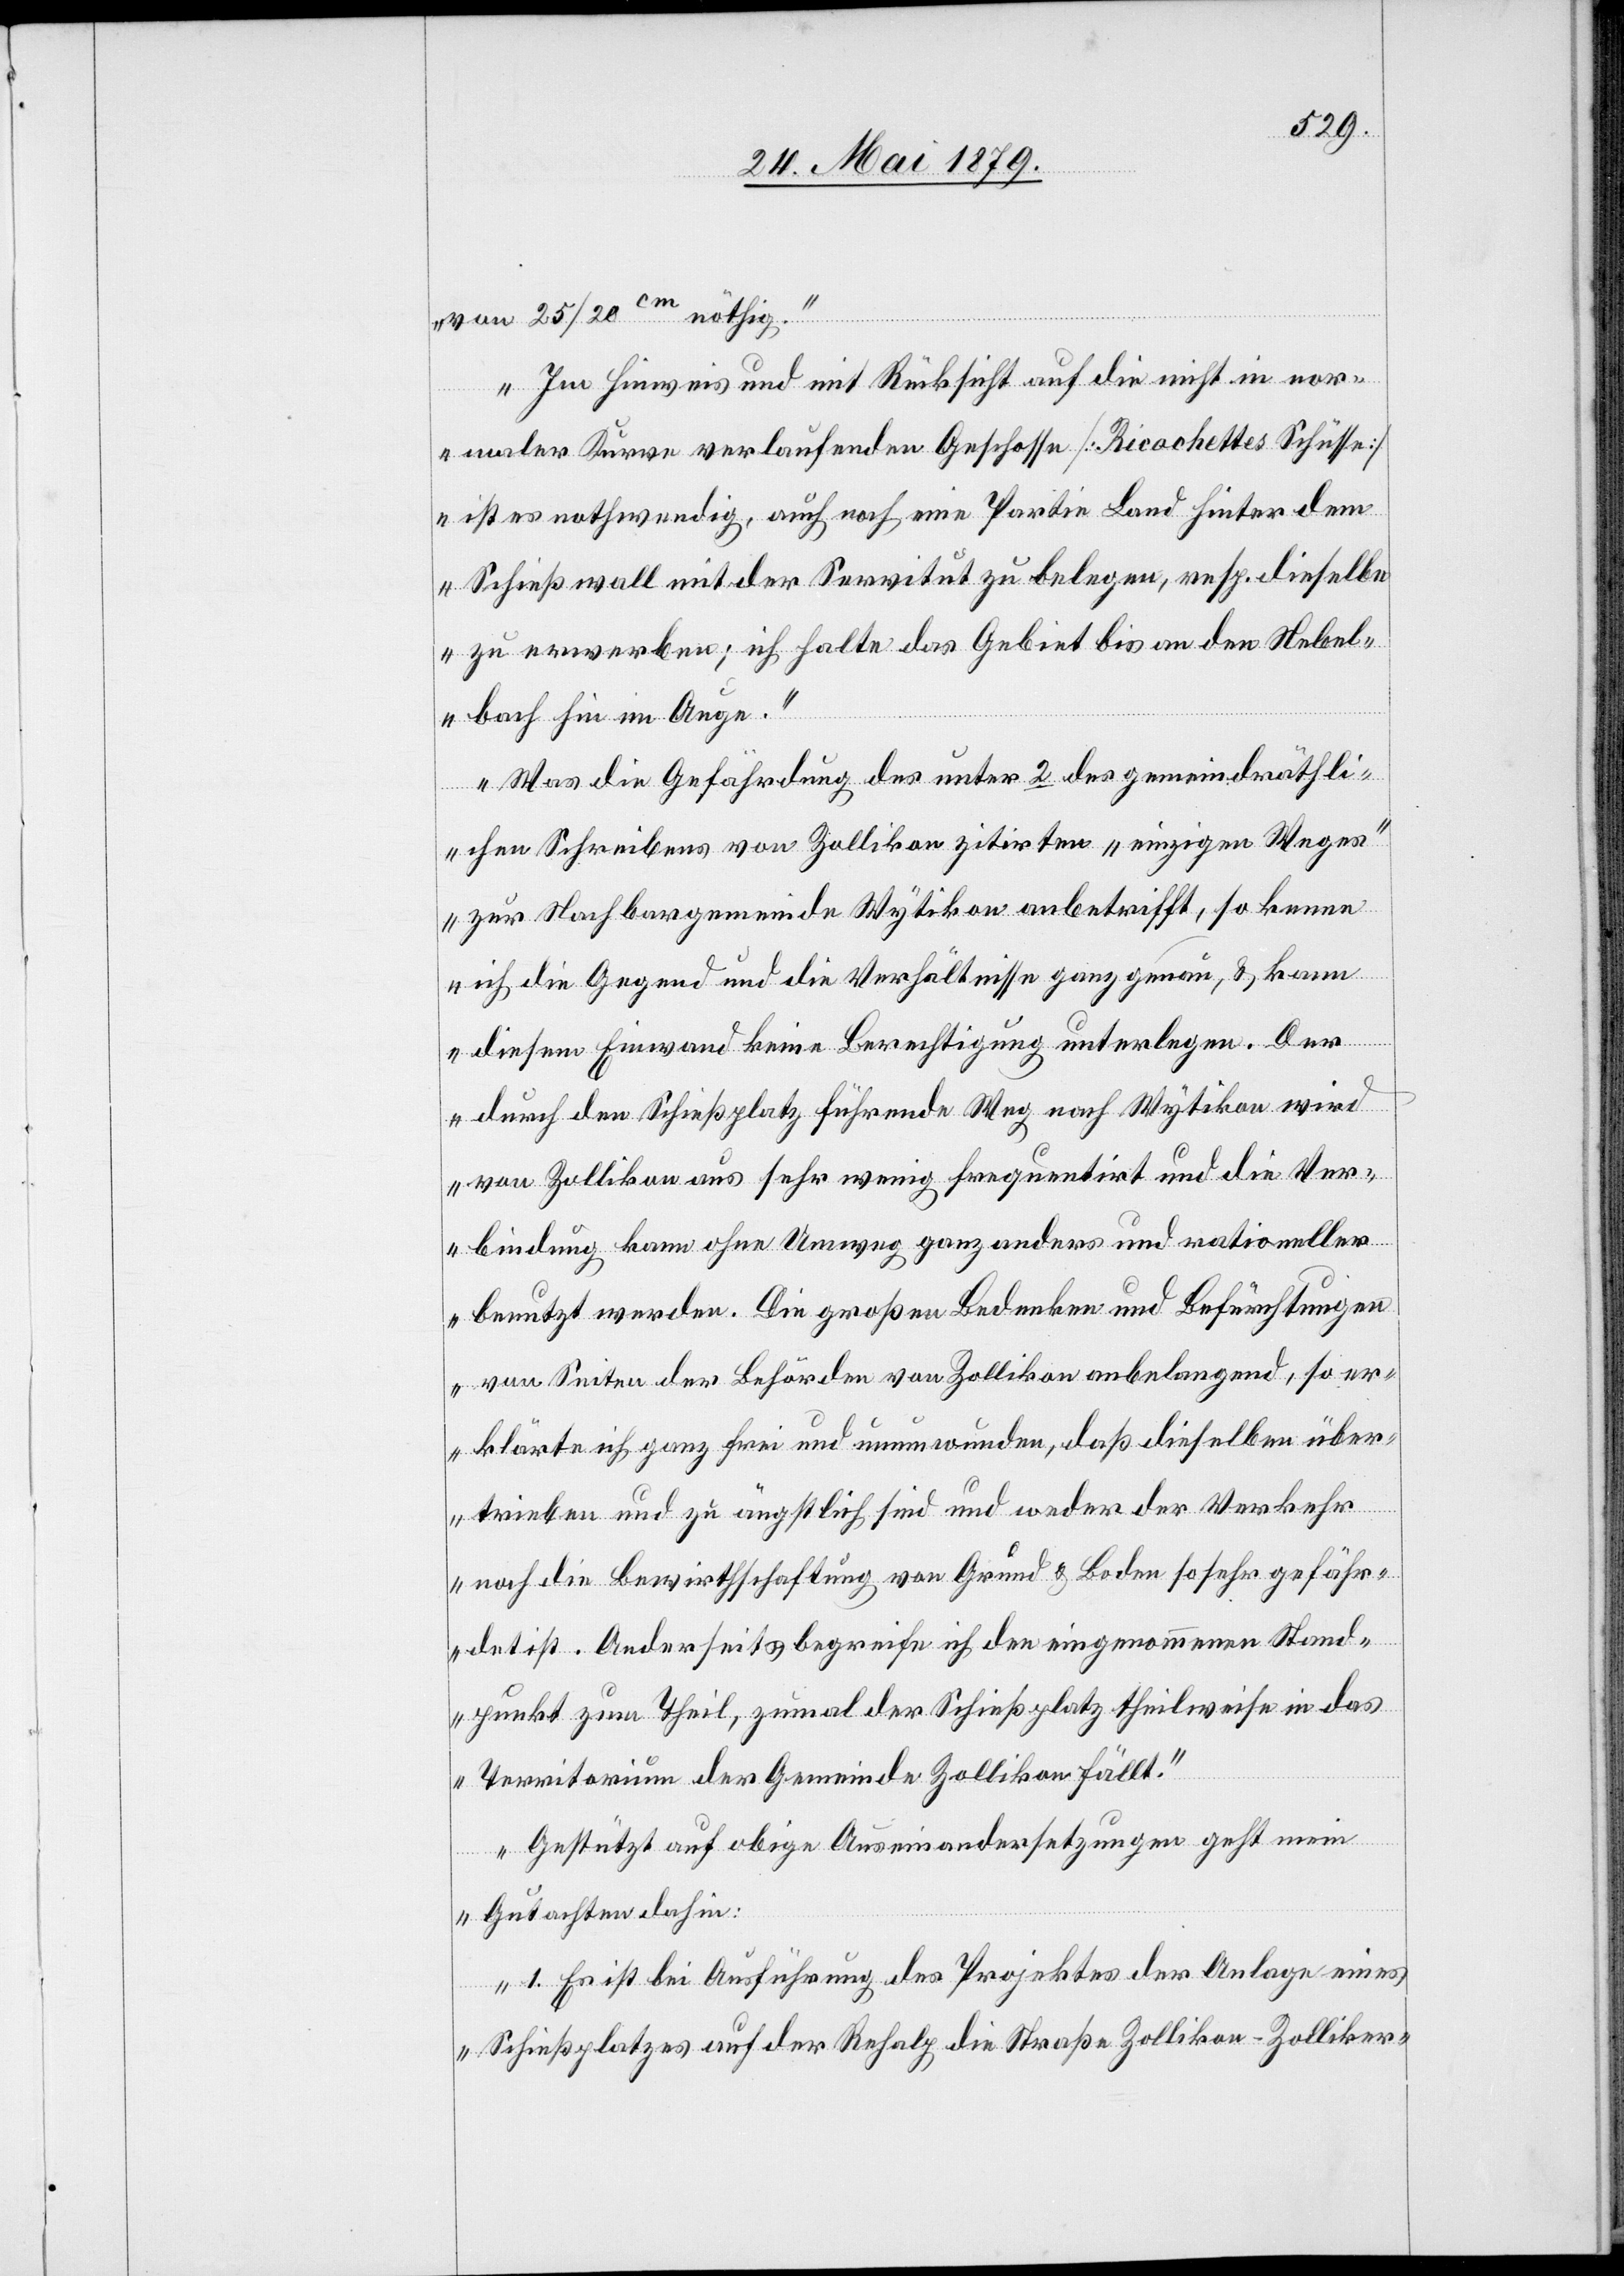
von 25/20cm nöthig.
Im Hinweis und mit Rücksicht auf die nicht in nor¬
maler Kurve verlaufenden Geschosse [Ricochettes Schüsse]
ist es nothwendig, auch noch eine Partie Land hinter dem
Schießwall mit der Servitut zu belegen, resp. dieselbe
zu erwerben; ich halte das Gebiet bis an den Nebe¬
nbach hin im Auge.
Was die Gefährdung des unter 2 des gemeindräthli¬
chen Schreibens von Zollikon zitirten „einzigen Weges“
zur Nachbargemeinde Wytikon anbetrifft, so kenne
ich die Gegend und die Verhältnisse ganz genau, & kann
diesem Einwand keine Berechtigung unterlegen. Der
durch den Schießplatz führende Weg nach Wytikon wird
von Zollikon aus sehr wenig frequentirt und die Ver¬
bindung kann ohne Umweg ganz anders und rationeller
benutzt werden. Die großen Bedenken und Befürchtungen
von Seiten der Behörden von Zollikon anbelangend, so er¬
klärte ich ganz frei und unumwunden, daß dieselben über¬
trieben und zu ängstlich sind und weder der Verkehr
noch die Bewirthschaftung von Grund & Boden so sehr gefähr¬
det ist. Anderseits begreife ich den eingenommenen Stand¬
punkt zum Theil, zumal der Schießplatz theilweise in das
Territorium der Gemeinde Zollikon fällt.
Gestützt auf obige Auseinandersetzungen geht mein
Gutachten dahin:
1. Es ist bei Ausführung des Projektes der Anlage eines
Schießplatzes auf der Rehalp die Straße Zollikon–Zolliker-